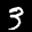
Label: 3